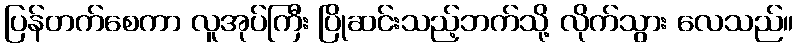
ပြန်တက်စေကာ လူအုပ်ကြီး ပြိုဆင်းသည့်ဘက်သို့ လိုက်သွား လေသည်။